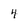
Character: 4